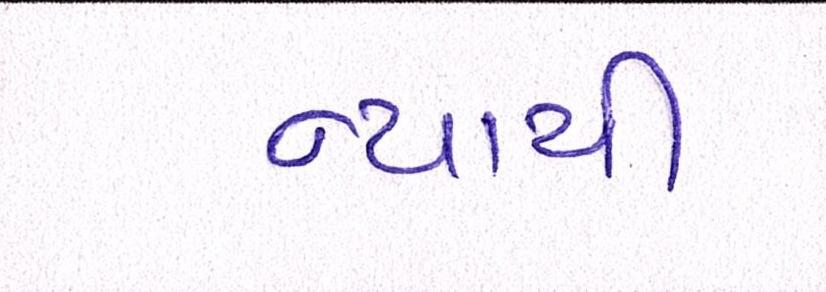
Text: ન્યાયી